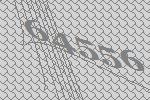
64556